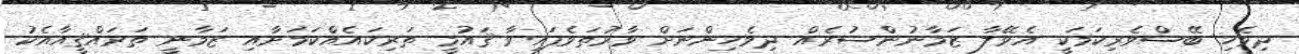
ދިވެހި ބޭސްވެރިކަމަކީ އެވޭލާ ޒަމާނުންސުރެއް ދިވެހިންނަށް ވާރުތަވެފައިވާ ޤައުމީ ތަރިކައެއްކަމަށާއި ޒަމާނީ ތަރައްޤީއާއެކު